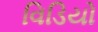
વિડિયો